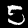
Label: 5